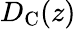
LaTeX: D_{\mathrm{{C}}}(z)